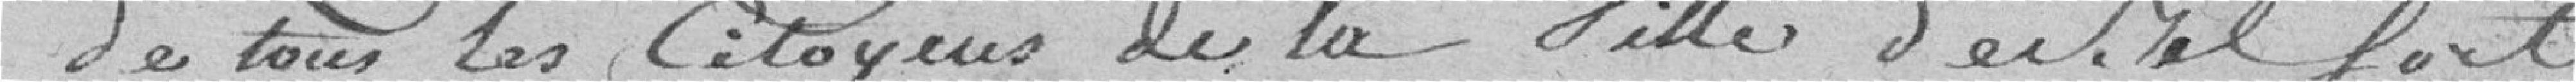
de tous les Citoyens de la Ville de Belfort